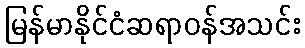
မြန်မာနိုင်ငံဆရာဝန်အသင်း